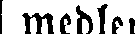
medlen.